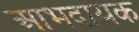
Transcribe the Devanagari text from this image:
आभदायक